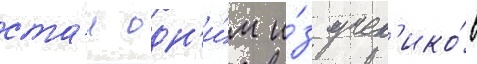
ста́л одн'и́м и́з учен'ико́в